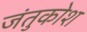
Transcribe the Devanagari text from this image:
जंतुकोश